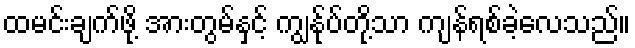
ထမင်းချက်ဖို့ အားတွမ်နှင့် ကျွန်ုပ်တို့သာ ကျန်ရစ်ခဲ့လေသည်။